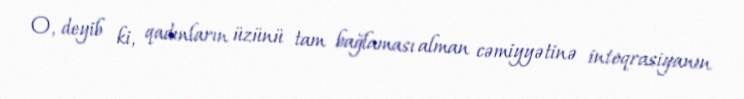
O, deyib ki, qadınların üzünü tam bağlaması alman cəmiyyətinə inteqrasiyanın